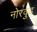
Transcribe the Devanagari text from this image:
नोरवुड